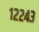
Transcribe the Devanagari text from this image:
१२२४३